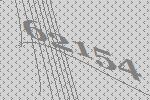
62154